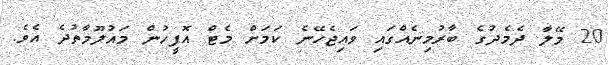
20 މޭލާ ދެމެދުގެ ބާރުމިނެއްގައި ވައިޖެހޭނެ ކަމަށް މެޓް އޮފީހުން މައުލޫމާތުދެ އެވެ.